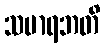
သမာရဘတိ